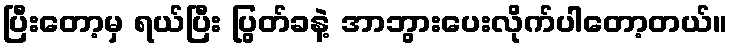
ပြီးတော့မှ ရယ်ပြီး ပြွတ်ခနဲ့ အာဘွားပေးလိုက်ပါတော့တယ်။